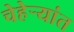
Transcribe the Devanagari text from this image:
चेहेर्‍यांत